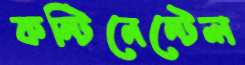
কন্টিনেন্টেল